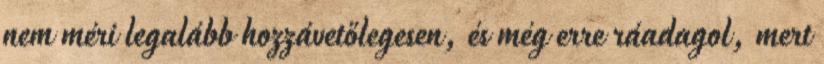
nem méri legalább hozzávetőlegesen, és még erre ráadagol, mert